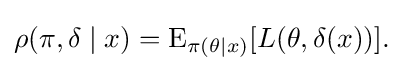
\rho (\pi ,\delta \mid x)=\operatorname {E} _{\pi (\theta \mid x)}[L(\theta ,\delta (x))].\,\!